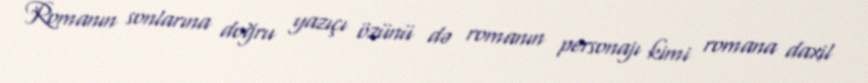
Romanın sonlarına doğru yazıçı özünü də romanın personajı kimi romana daxil